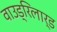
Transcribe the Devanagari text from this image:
वाउड्रिलार्ड